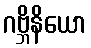
ဂဗ္ဘိနိယော